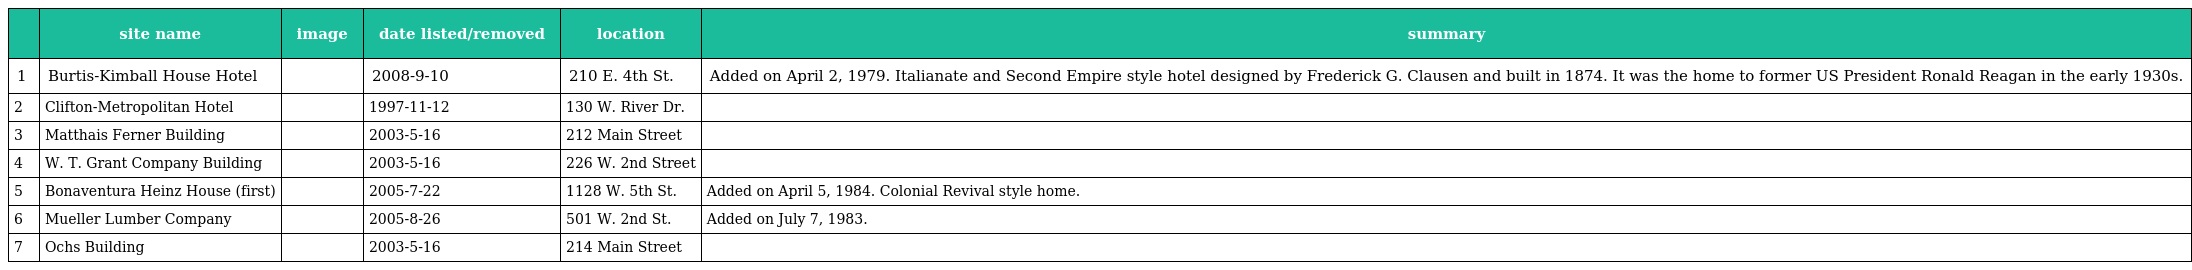
|  | site name | image | date listed/removed | location | summary |
 | --- | --- | --- | --- | --- | --- |
 | 1 | Burtis-Kimball House Hotel |  | 2008-9-10 | 210 E. 4th St. | Added on April 2, 1979. Italianate and Second Empire style hotel designed by Frederick G. Clausen and built in 1874. It was the home to former US President Ronald Reagan in the early 1930s. |
 | 2 | Clifton-Metropolitan Hotel |  | 1997-11-12 | 130 W. River Dr. |  |
 | 3 | Matthais Ferner Building |  | 2003-5-16 | 212 Main Street |  |
 | 4 | W. T. Grant Company Building |  | 2003-5-16 | 226 W. 2nd Street |  |
 | 5 | Bonaventura Heinz House (first) |  | 2005-7-22 | 1128 W. 5th St. | Added on April 5, 1984. Colonial Revival style home. |
 | 6 | Mueller Lumber Company |  | 2005-8-26 | 501 W. 2nd St. | Added on July 7, 1983. |
 | 7 | Ochs Building |  | 2003-5-16 | 214 Main Street |  |